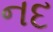
નદ